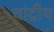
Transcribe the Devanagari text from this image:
चांद्रीय